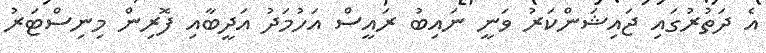
އެ ދަތުރުގައި ޖައިޝަންކަރު ވަނީ ނައިބު ރައީސް އަހުމަދު އަދީބާއި ފޮރިން މިނިސްޓަރު